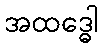
အထဒ္ဓေါ